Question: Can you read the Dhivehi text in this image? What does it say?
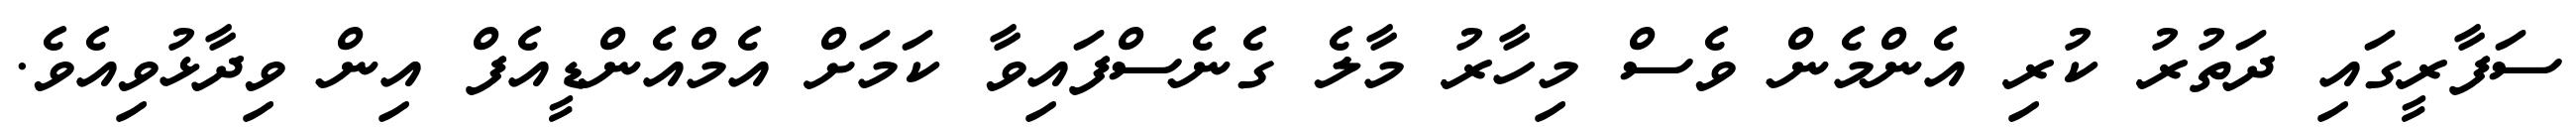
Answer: ސަފާރީގައި ދަތުރު ކުރި އެންމެން ވެސް މިހާރު މާލެ ގެނެސްފައިވާ ކަމަށް އެމްއެންޑީއެފް އިން ވިދާޅުވިއެވެ.